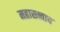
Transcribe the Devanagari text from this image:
महासत्त्वाय